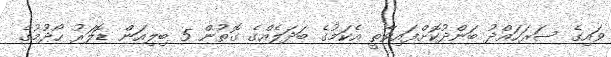
ވައިގެ ސަރަހައްދު ބަންދުކޮށްފައިވާތީ އެކަމުގެ ބަދަލެއްގެ ގޮތުން 5 ބިލިއަން ޑޮލަރު ހޯދުމުގެ